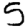
Digit: 5